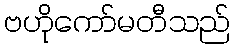
ဗဟိုကော်မတီသည်